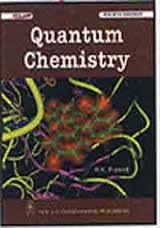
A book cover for Quantum Chemistry; R.K. Prasad; Science & Math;